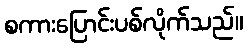
စကားပြောင်းပစ်လိုက်သည်။